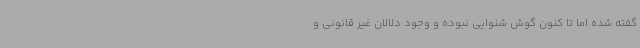
گفته شده اما تا کنون گوش شنوایی نبوده و وجود دلالان غیر قانونی و